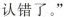
认错了。”